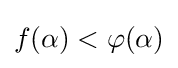
f(\alpha )<\varphi (\alpha )